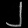
Digit: ၂